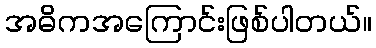
အဓိကအကြောင်းဖြစ်ပါတယ်။